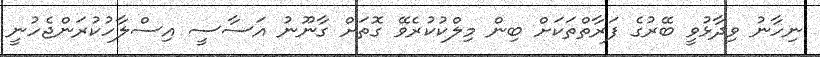
ނިހާނު ވިދާޅުވީ ބޭރުގެ ފަރާތްތަކަށް ބިން މިލްކުކުރެވޭ ގޮތަށް ގާނޫނު އަސާސީ އިސްލާހުކުރަންޖެހުނީ